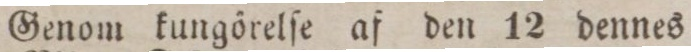
Genom kungőrleſe af den 12 dennes